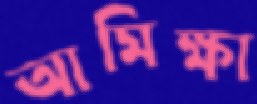
আমিক্ষা